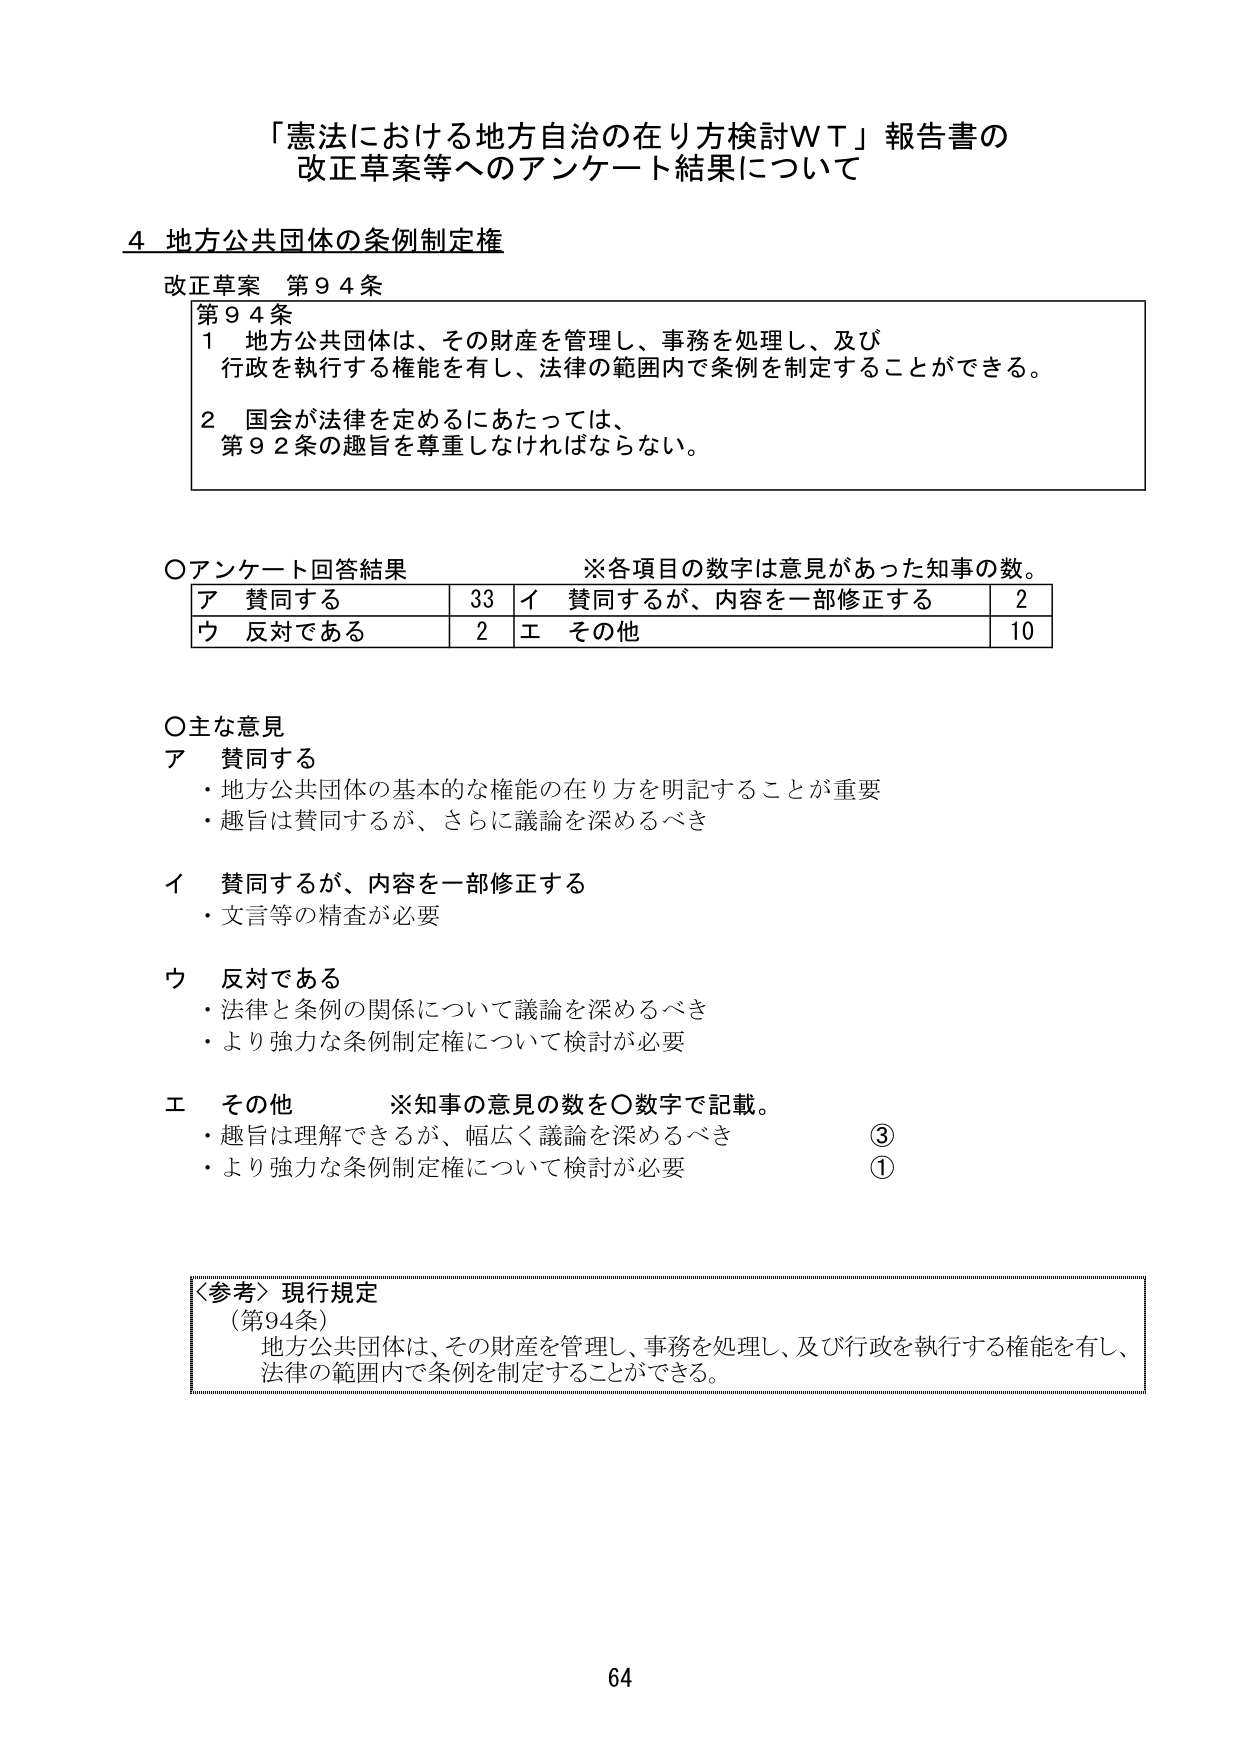
「憲法における地方自治の在り方検討ＷＴ」報告書の
改正草案等へのアンケート結果について

4 地方公共団体の条例制定権

改正草案 第94条

第94条
1 地方公共団体は、その財産を管理し、事務を処理し、及び
　行政を執行する権能を有し、法律の範囲内で条例を制定することができる。
2 国会が法律を定めるにあたっては、
　第92条の趣旨を尊重しなければならない。

○アンケート回答結果　　　　　※各項目の数字は意見があった知事の数。
　ア 賛同する　　　　　　　33　イ 賛同するが、内容を一部修正する　　　2
　ウ 反対である　　　　　　　2　エ その他　　　　　　　　　　　　　　　10

○主な意見
ア 賛同する
　・地方公共団体の基本的な権能の在り方を明記することが重要
　・趣旨は賛同するが、さらに議論を深めるべき

イ 賛同するが、内容を一部修正する
　・文言等の精査が必要

ウ 反対である
　・法律と条例の関係について議論を深めるべき
　・より強力な条例制定権について検討が必要

エ その他　　　　　※知事の意見の数を○数字で記載。
　・趣旨は理解できるが、幅広く議論を深めるべき　　　　　　　　　③
　・より強力な条例制定権について検討が必要　　　　　　　　　　　①

＜参考＞現行規定
（第94条）
　地方公共団体は、その財産を管理し、事務を処理し、及び行政を執行する権能を有し、
　法律の範囲内で条例を制定することができる。

64